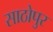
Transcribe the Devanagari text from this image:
साठोपुर